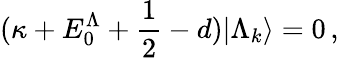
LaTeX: (\kappa+E_{0}^{\Lambda}+\frac{1}{2}-d)|\Lambda_{k}\rangle=0\, ,